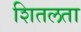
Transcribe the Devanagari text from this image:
शितलता